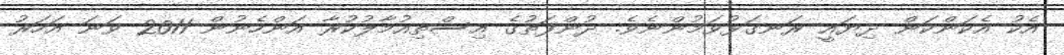
އެކު އެކަންކަން ދިޔައީ ރަނގަޅުވަމުންނެވެ. ދުންފަތުގެ އިސްތިއުމާލުކުރާ އަންހެނުން 2011 ވަނަ އަހަރު